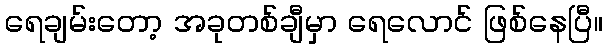
ရေချမ်းတော့ အခုတစ်ချီမှာ ရေလောင် ဖြစ်နေပြီ။